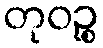
တုဝဉ္စ